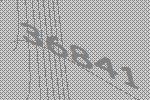
36841